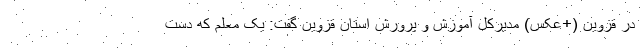
در قزوین (+عکس) مدیرکل آموزش و پرورش استان قزوین گفت: یک معلم که دست